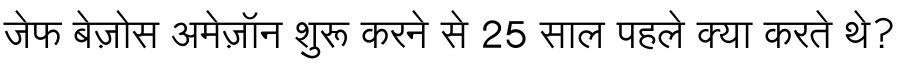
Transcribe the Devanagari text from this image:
जेफ बेज़ोस अमेज़ॉन शुरू करने से 25 साल पहले क्या करते थे?